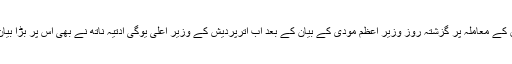
تین طلاق کے معاملہ پر گزشتہ روز وزیر اعظم مودی کے بیان کے بعد اب اترپردیش کے وزیر اعلی یوگی آدتیہ ناتھ نے بھی اس پر بڑا بیان دیا ہے۔